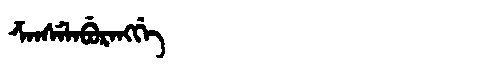
Manchu: ᡯᠠᠨᠰᡝᠯᠠᠪᡠᡵᠠᠩᡤᡝ
Romanization: DZANSELABURANGGE